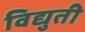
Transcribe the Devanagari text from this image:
विद्युती